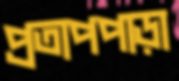
প্রতাপপাড়া